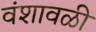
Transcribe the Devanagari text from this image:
वंशावळी